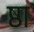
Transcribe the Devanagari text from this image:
ष्ठा